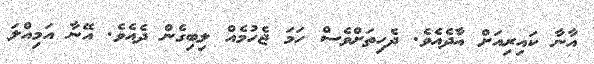
އާނާ ކައިރިއަށް އާދެއެވެ. ދެހިތަށްވެސް ހަމަ ޖެހުމެއް ލިބިގެން ދެއެވެ. އޭނާ އަމިއްލަ